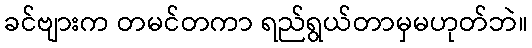
ခင်ဗျားက တမင်တကာ ရည်ရွယ်တာမှမဟုတ်ဘဲ။